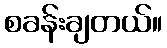
စခန်းချတယ်။